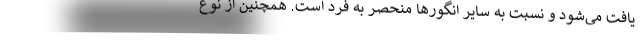
یافت می‌شود و نسبت به سایر انگورها منحصر به فرد است. همچنین از نوع